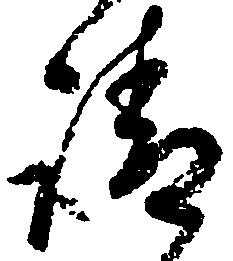
請